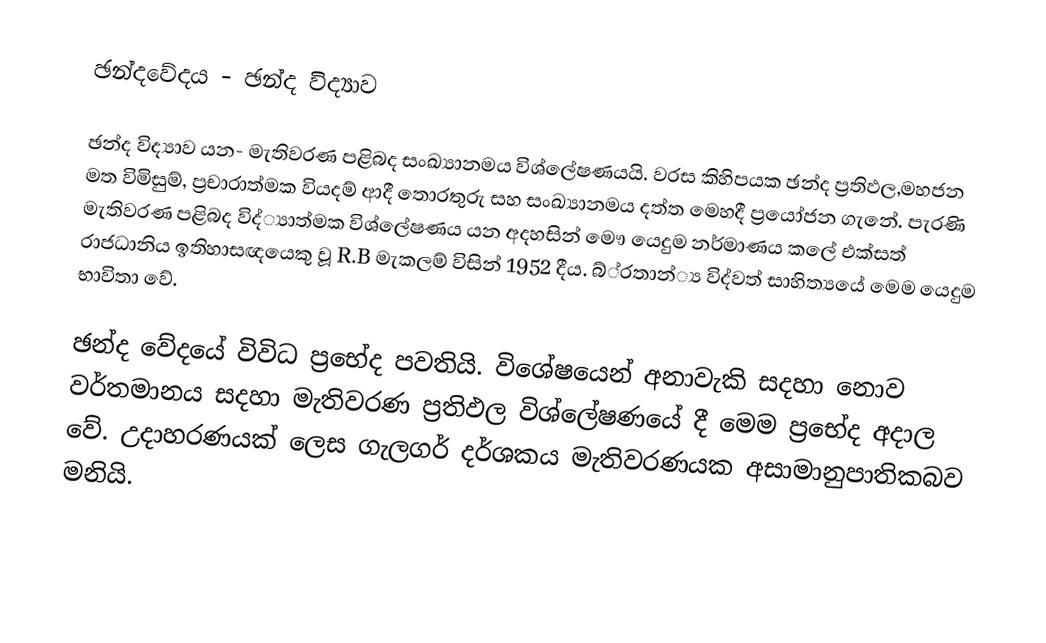
ඡන්දවේදය - ඡන්ද විද්‍යාව

ඡන්ද විද්‍යාව යන- මැතිවරණ පළිබද සංඛ්‍යානමය විශ්ලේෂණයයි. වරස කිහිපයක ඡන්ද ප්‍රතිඵල,මහජන මත විමිසුම්, ප්‍රචාරාත්මක වියදම් ආදී තොරතුරු සහ සංඛ්‍යානමය දත්ත මෙහදී ප්‍රයෝජන ගැනේ. පැරණි මැතිවරණ පළිබද විද්‍්‍යාත්මක විශ්ලේෂණය යන අදහසින් මෞ යෙදුම නර්මාණය කලේ එක්සත් රාජධානිය ඉතිහාසඥයෙකු වූ  R.B මැකලම් විසින් 1952 දීය. බ්්‍රතාන්්‍ය විද්වත් සාහිත්‍යයේ මෙම යෙදුම භාවිතා වේ.

ඡන්ද වේදයේ විවිධ ප්‍රභේද පවතියි. විශේෂයෙන් අනාවැකි සදහා නොව වර්තමානය සදහා මැතිවරණ ප්‍රතිඵල විශ්ලේෂණයේ දී මෙම ප්‍රභේද අදාල වේ. උදාහරණයක් ලෙස ගැලගර් දර්ශකය මැතිවරණයක අසාමානුපාතිකබව මනියි.